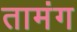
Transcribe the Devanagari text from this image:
तामंग